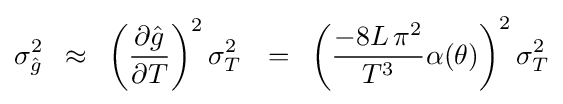
\sigma _{\hat {g}}^{2}\,\,\,\approx \,\,\,\left({{\partial {\hat {g}}} \over {\partial T}}\right)^{2}\sigma _{T}^{2}\,\,\,\,=\,\,\,\left({{{-8L\,\pi ^{2}} \over {T^{3}}}\alpha (\theta )}\right)^{2}\sigma _{T}^{2}